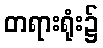
တရားရုံး၌